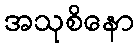
အသုစိနော